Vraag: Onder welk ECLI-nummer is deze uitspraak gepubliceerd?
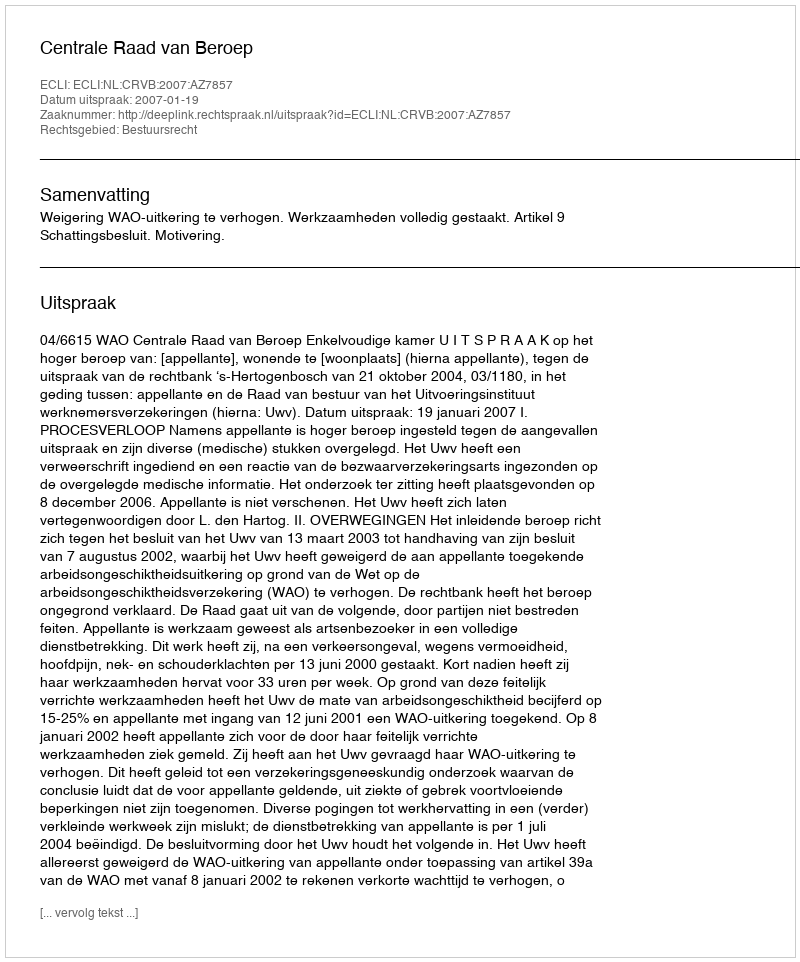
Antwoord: ECLI:NL:CRVB:2007:AZ7857